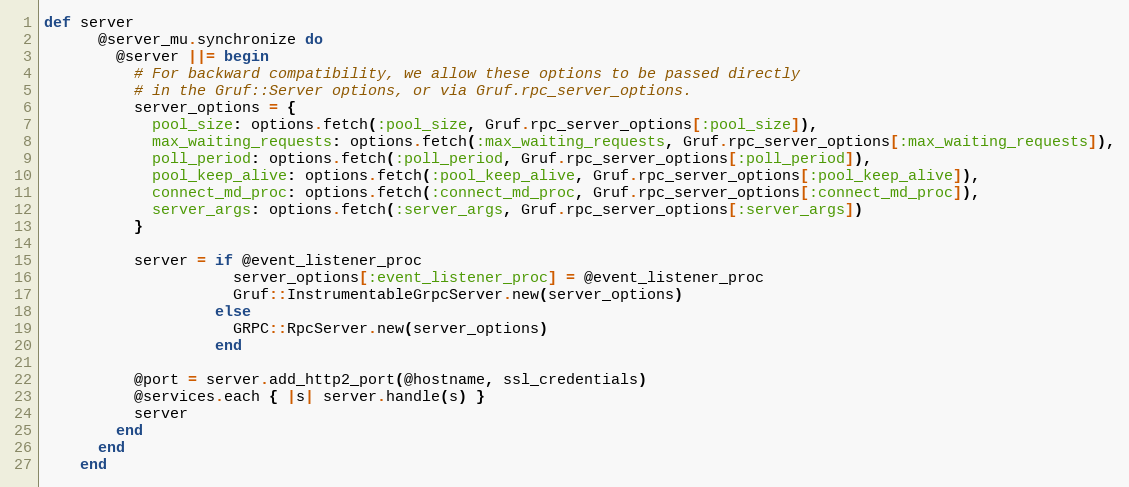
Language: Ruby
def server
      @server_mu.synchronize do
        @server ||= begin
          # For backward compatibility, we allow these options to be passed directly
          # in the Gruf::Server options, or via Gruf.rpc_server_options.
          server_options = {
            pool_size: options.fetch(:pool_size, Gruf.rpc_server_options[:pool_size]),
            max_waiting_requests: options.fetch(:max_waiting_requests, Gruf.rpc_server_options[:max_waiting_requests]),
            poll_period: options.fetch(:poll_period, Gruf.rpc_server_options[:poll_period]),
            pool_keep_alive: options.fetch(:pool_keep_alive, Gruf.rpc_server_options[:pool_keep_alive]),
            connect_md_proc: options.fetch(:connect_md_proc, Gruf.rpc_server_options[:connect_md_proc]),
            server_args: options.fetch(:server_args, Gruf.rpc_server_options[:server_args])
          }

          server = if @event_listener_proc
                     server_options[:event_listener_proc] = @event_listener_proc
                     Gruf::InstrumentableGrpcServer.new(server_options)
                   else
                     GRPC::RpcServer.new(server_options)
                   end

          @port = server.add_http2_port(@hostname, ssl_credentials)
          @services.each { |s| server.handle(s) }
          server
        end
      end
    end